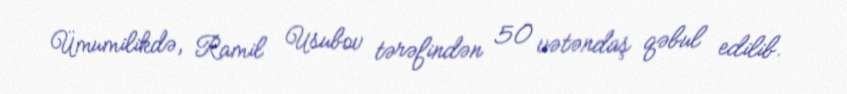
Ümumilikdə, Ramil Usubov tərəfindən 50 vətəndaş qəbul edilib.